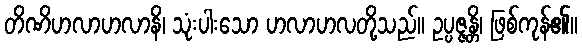
တိဏိဟလာဟလာနိ၊ သုံးပါးသော ဟလာဟလတို့သည်။ ဥပ္ပဇ္ဇန္တိ၊ ဖြစ်ကုန်၏။